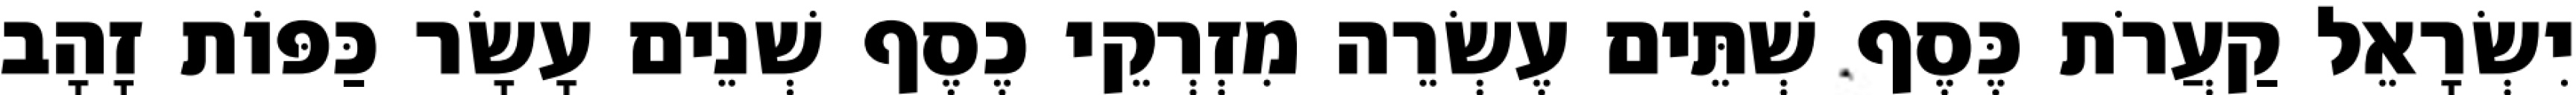
יִשְׂרָאֵל קַעֲרֹת כֶּסֶף שְׁתֵּים עֶשְׂרֵה מִזְרְקֵי כֶסֶף שְׁנֵים עָשָׂר כַּפּוֹת זָהָב